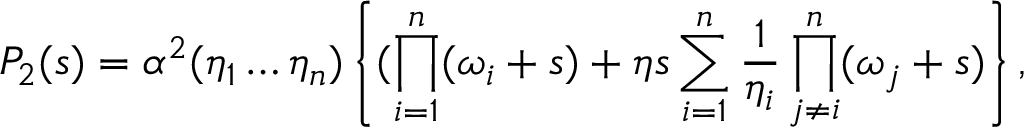
P _ { 2 } ( s ) = \alpha ^ { 2 } ( \eta _ { 1 } \ldots \eta _ { n } ) \left\{ ( \prod _ { i = 1 } ^ { n } ( \omega _ { i } + s ) + \eta s \sum _ { i = 1 } ^ { n } \frac { 1 } { \eta _ { i } } \prod _ { j \ne i } ^ { n } ( \omega _ { j } + s ) \right\} ,